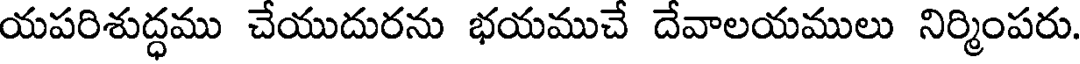
యపరిశుద్ధము చేయుదురను భయముచే దేవాలయములు నిర్మింపరు